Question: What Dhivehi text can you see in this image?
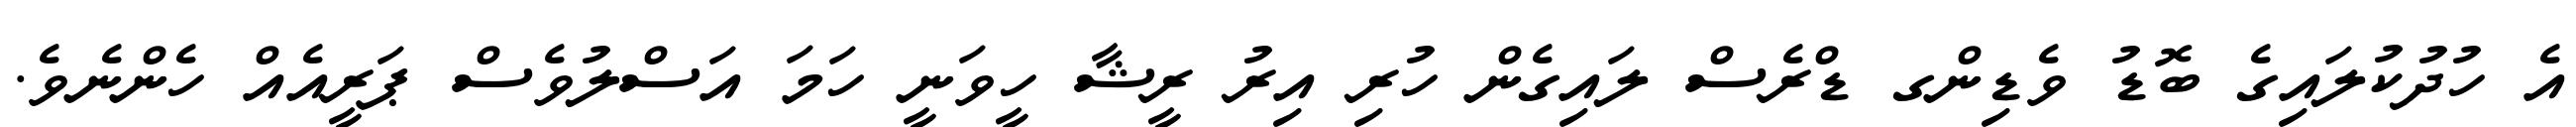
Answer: އެ ހުދުކުލައިގެ ބޮޑު ވެޑިންގ ޑްރެސް ލައިގެން ހުރި އިރު ރީޝާ ހީވަނީ ހަމަ އަސްލުވެސް ޕަރީއެއް ހެންނެވެ.